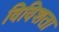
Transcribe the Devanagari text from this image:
विविशता